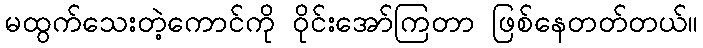
မထွက်သေးတဲ့ကောင်ကို ဝိုင်းအော်ကြတာ ဖြစ်နေတတ်တယ်။